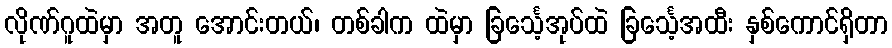
လိုဏ်ဂူထဲမှာ အတူ အောင်းတယ်၊ တစ်ခါက ထဲမှာ ခြင်္သေ့အုပ်ထဲ ခြင်္သေ့အထီး နှစ်ကောင်ရှိတာ